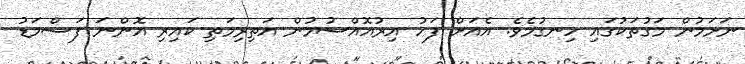
ނަށަމުން މަގުތަކުގައި ހިނގުމެވެ. އެއަށް ފަހު އިރުއޮއްސުމުން އަތިރިމަތި ކައިރި އޮންނަ ފަސްމަޑު